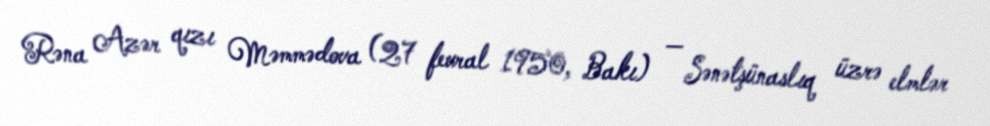
Rəna Azər qızı Məmmədova (27 fevral 1950, Bakı) — Sənətşünaslıq üzrə elmlər